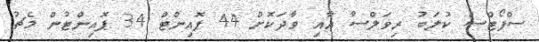
ސްޕޯޓްސް ކުލަބު ރިވަލްސާ އާއި ވާދަކޮށް 44 ޕޮއިންޓް 34 ޕޮއިންޓުން މެޗު